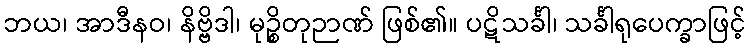
ဘယ၊ အာဒီနဝ၊ နိဗ္ဗိဒါ၊ မုဉ္စိတုဉာဏ် ဖြစ်၏။ ပဋိသင်္ခါ၊ သင်္ခါရုပေက္ခာဖြင့်